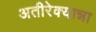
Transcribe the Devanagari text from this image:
अतीरेक्यान्ना